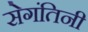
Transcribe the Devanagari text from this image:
सेगंतिनी